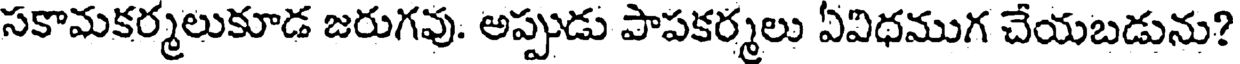
సకామకర్మలుకూడ జరుగవు. అప్పుడు పాపకర్మలు ఏవిధముగ చేయబడును?